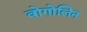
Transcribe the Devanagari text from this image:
वोगोलिन